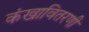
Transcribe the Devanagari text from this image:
कंखावितरणी